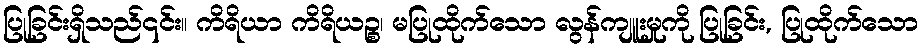
ပြုခြင်းရှိသည်၎င်း။ ကိရိယာ ကိရိယဉ္စ၊ မပြုထိုက်သော လွန်ကျူးမှုကို ပြုခြင်း, ပြုထိုက်သော